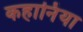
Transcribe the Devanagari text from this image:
कहानिंया